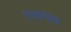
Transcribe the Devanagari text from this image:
१७४६वा